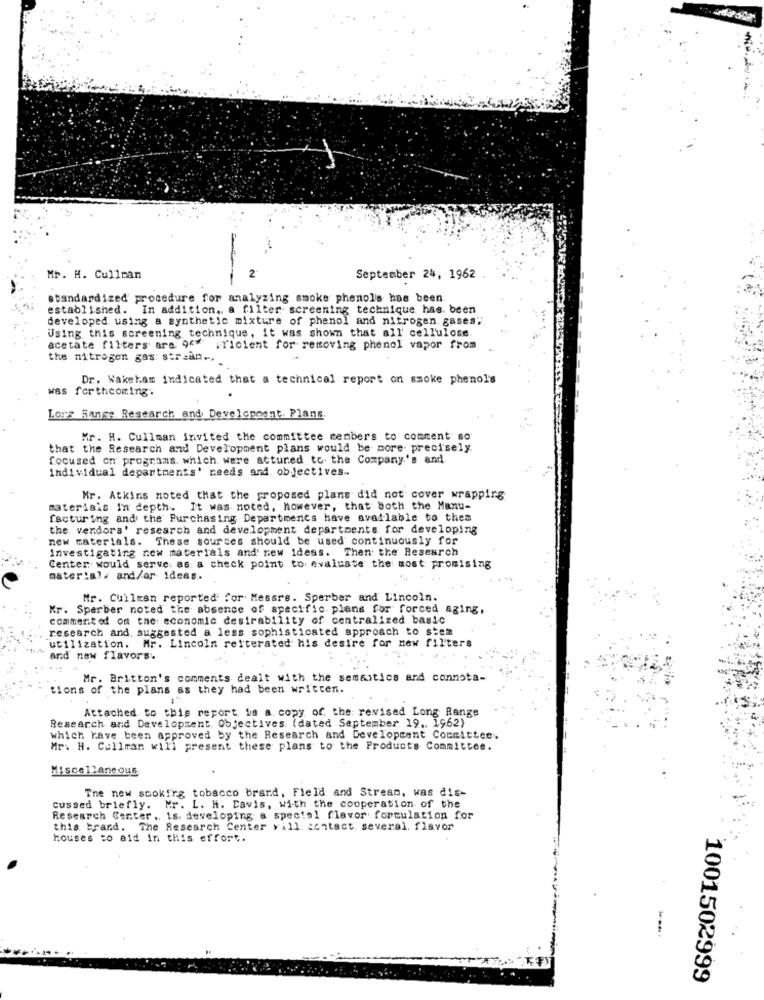
Mr. H. Cullman
September 24, 1962
standardized procedure for analyzing smoke phenol's has been.
established. In addition, a filter screening technique has. been
developed using a synthetic mixture of phenol and nitrogen gases"
Using this screening technique, it was shown that all' cellulose
acetate filters are 96%
iTicient for removing phenol vapor from
the nitrogen gas: str san ..
Dr. Wakeham indicated that a technical report on smoke phenol's
was forthcoming.
Lors Range Research and Development. Plans
Mr. H. Cullman invited the committee members to comment so
that the Research and Development plans would be more precisely.
focused on programs. which were attuned to the Company's and
individual departments' needs and objectives ..
Mr. Atkins noted that the proposed plans did not cover wrapping
materials In depth. It was noted, however, that both the Manu-
facturing and the Purchasing Departments have available to them
the vendors' research and development departments for developing
new materials. These sources should be used continuously for
Investigating new materials and' new ideas. Then the Research
Center would serve as a check point to evaluate the most promising
material. and/or ideas.
Mr. Cuilmsn reported for Messrs. Sperber and Lincoln.
Kr. Sperber noted the absence of specific plans for forced aging,
commented on the economic desirability of centralized basic
research and, suggested a less sophisticated approach to stem
utilization. Mr. Lincoln reiterated his desire for new filters
and new flavors.
Mr. Britton's comments dealt with the semantics and connota-
tions of the plans as they had been written.
Attached to this report is a copy of the revised Long Range
Research and Development. Objectives: (dated September 19 .. 1962)
which have been approved by the Research and Development Committee.
Mr. H. Cullman will present these plans to the Products Committee.
Miscellaneous
The new sookirg tobacco brand, Field and Stream, was dis-
cussed briefly. Mr. L. H. Davis, with the cooperation of the
Research Center, is. developing a special flavor formulation for
this brand. The Research Center vill contact. several. flavor
houses to aid in this effort.
1001502999